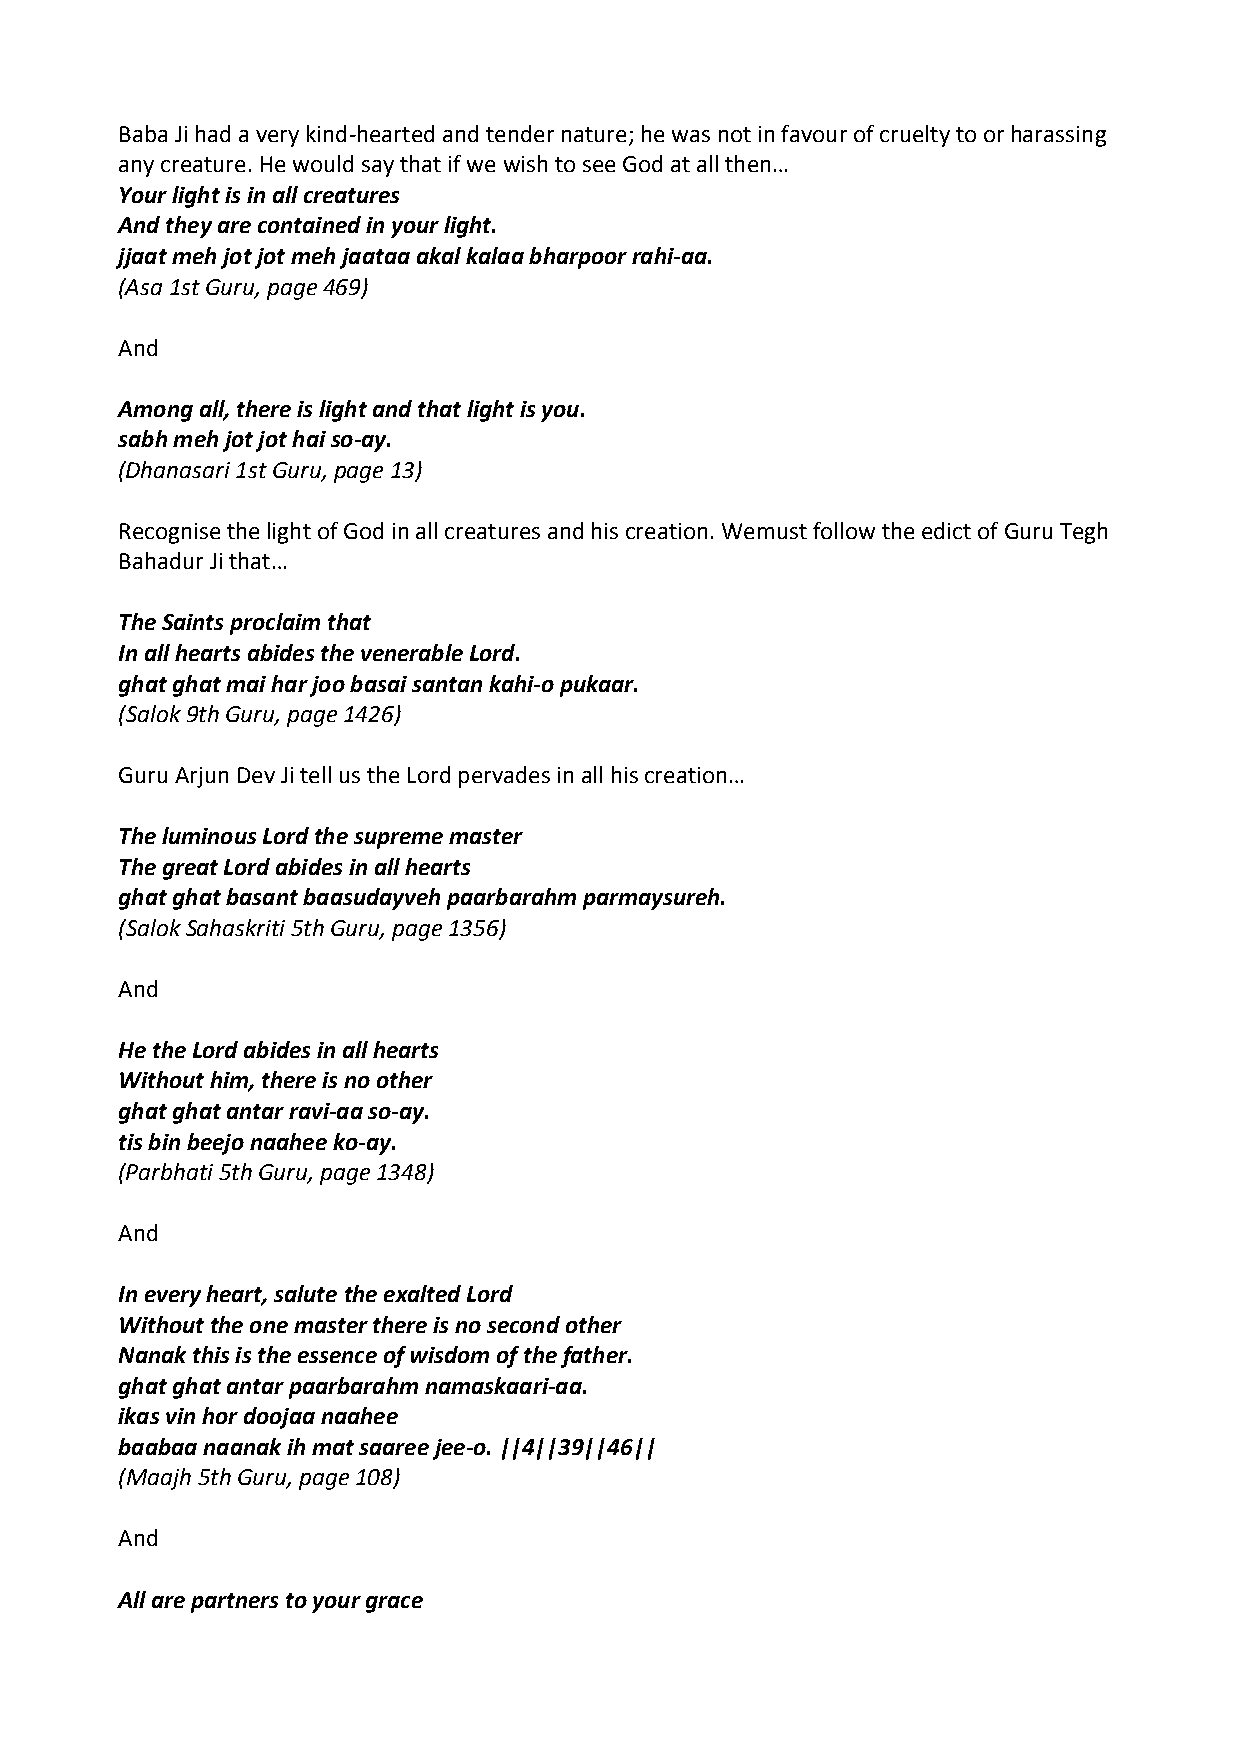
Baba Ji had a very kind‐hearted and tender nature; he was not in favour of cruelty to or harassing
 any creature. He would say that if we wish to see God at all then…
 Your light is in all creatures
 And they are contained in your light.
 jjaat meh jot jot meh jaataa akal kalaa bharpoor rahi‐aa.
 (Asa 1st Guru, page 469)
 And
 Among all, there is light and that light is you.
 sabh meh jot jot hai so‐ay.
 (Dhanasari 1st Guru, page 13)
 Recognise the light of God in all creatures and his creation. Wemust follow the edict of Guru Tegh
 Bahadur Ji that…
 The Saints proclaim that
 In all hearts abides the venerable Lord.
 ghat ghat mai har joo basai santan kahi‐o pukaar.
 (Salok 9th Guru, page 1426)
 Guru Arjun Dev Ji tell us the Lord pervades in all his creation…
 The luminous Lord the supreme master
 The great Lord abides in all hearts
 ghat ghat basant baasudayveh paarbarahm parmaysureh.
 (Salok Sahaskriti 5th Guru, page 1356)
 And
 He the Lord abides in all hearts
 Without him, there is no other
 ghat ghat antar ravi‐aa so‐ay.
 tis bin beejo naahee ko‐ay.
 (Parbhati 5th Guru, page 1348)
 And
 In every heart, salute the exalted Lord
 Without the one master there is no second other
 Nanak this is the essence of wisdom of the father.
 ghat ghat antar paarbarahm namaskaari‐aa.
 ikas vin hor doojaa naahee
 baabaa naanak ih mat saaree jee‐o. ||4||39||46||
 (Maajh 5th Guru, page 108)
 And
 All are partners to your grace